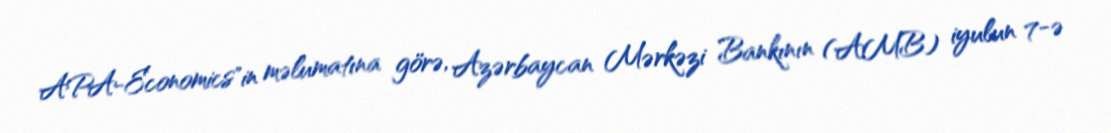
APA-Economics"in məlumatına görə, Azərbaycan Mərkəzi Bankının (AMB) iyulun 7-ə